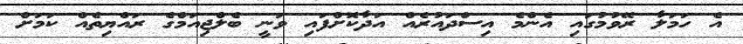
އެ ހަމަލާ ރޭވުމުގައި އެންމެ އިސްދައުރެއް އަދާކޮށްފައި ވަނީ ބެލްޖިއަމްގެ ރައްޔިތެއް ކަމަށް